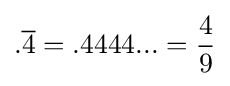
.{\overline {4}}=.4444...={\frac {4}{9}}